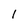
Character: 1